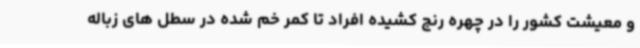
و معیشت کشور را در چهره رنج کشیده افراد تا کمر خم شده در سطل های زباله